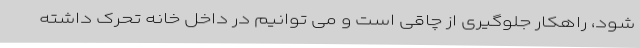
شود، راهکار جلوگیری از چاقی است و می توانیم در داخل خانه تحرک داشته